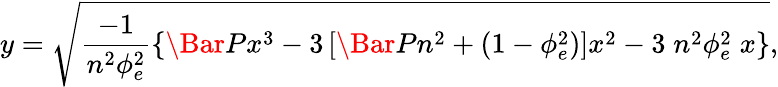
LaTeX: y=\sqrt{\frac{-1}{n^{2}\phi_{e}^{2}}\left\{ \Bar{P}x^{3}-3\left[\Bar{P}n^{2}+\left(1-\phi_{e}^{2}\right)\right]x^{2}-3\; n^{2}\phi_{e}^{2}\; x\right\} },